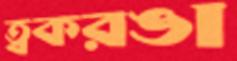
ত্বকরঙা